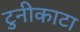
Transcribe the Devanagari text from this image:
टुनीकाटा